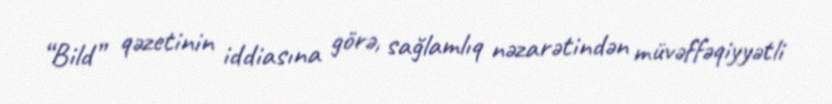
“Bild” qəzetinin iddiasına görə, sağlamlıq nəzarətindən müvəffəqiyyətli